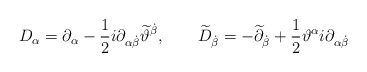
\begin{align*} D_{\alpha} = \partial_{\alpha} - \frac{1}{2} i \partial_{\alpha \dot{\beta}} \widetilde{\vartheta}^{\dot{\beta}}, \qquad \widetilde{D}_{\dot{\beta}} = - \widetilde{\partial}_{\dot{\beta}} + \frac{1}{2} \vartheta^{\alpha} i \partial_{\alpha \dot{\beta}}\end{align*}